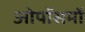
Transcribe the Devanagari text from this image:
ओपॉसमों